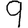
Digit: 9